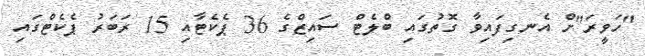
"ހަވީރަ"ށް އެނގިފައިވާ ގޮތުގައި ބްލެޓް ސައިޒްގެ 36 ޕެކެޓާއި 15 ރަބަރު ޕެކެޓްގައި